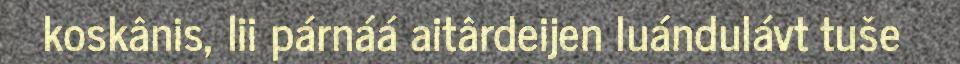
koskânis, lii párnáá aitârdeijen luándulávt tuše